Scottish Certificate of Education, 1963
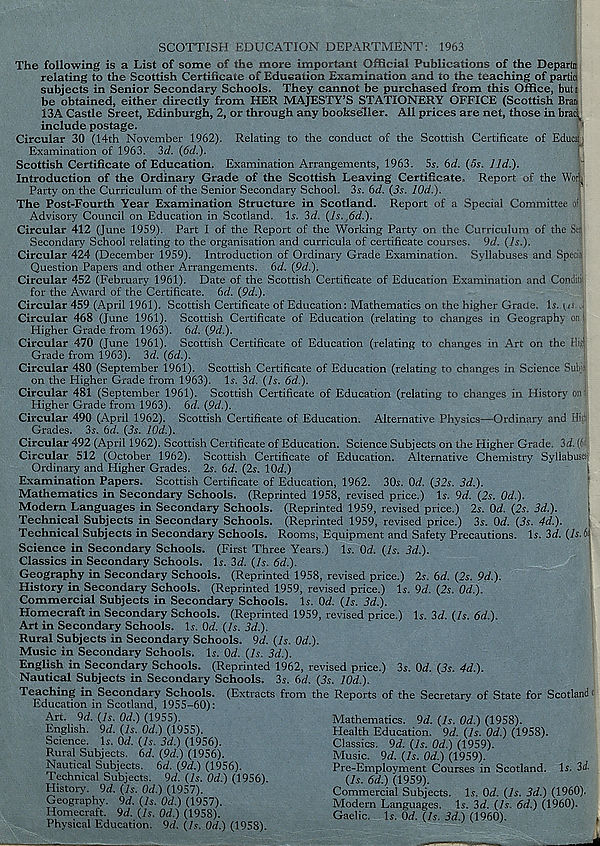
SCOTTISH EDUCATION DEPARTMENT: 1963
The following is a List of some of the more important Official Publications of the Departn
relating to the Scottish Certificate of Education Examination and to the teaching of partici
subjects in Senior Secondary Schools. They cannot be purchased from this Office, but i
be obtained, either directly from HER MAJESTY’S STATIONERY OFFICE (Scottish Bran
13A Castle Sreet, Edinburgh, 2, or through any bookseller. All prices are net, those in bracl^
include postage.
Circular 30 (14th November 1962). Relating to the conduct of the Scottish Certificate of Educat
Examination of 1963. 3ei. (6d.).
Scottish Certificate of Education. Examination Arrangements, 1963. Si. 6d. (5s. lid.).
Introduction of the Ordinary Grade of the Scottish Leaving Certificate. Report of the Wor^
Party on the Curriculum of the Senior Secondary School. 3i. 6tL (3s. 10d.).
The Post-Fourth Year Examination Structure in Scotland. Report of a Special Committee of
Advisory Council on Education in Scotland. Is. 2d. (Is. ,6d.).
Circular 412 (June 1959). Part I of the Report of the Working Party on the Curriculum of the SHI
Secondary School relating to the organisation and curricula of certificate courses. 9d. (Is.).
Circular 424 (December 1959). Introduction of Ordinary Grade Examination. Syllabuses and Specii
Question Papers and other Arrangements. (>d. (9d.).
Circular 452 (February 1961). Date of the Scottish Certificate of Education Examination and Conditk
for the Award of the Certificate. 6d. (9d.).
Circular 459 (April 1961). Scottish Certificate of Education: Mathematics on the higher Grade. Is. (is
Circular 468 (June 1961). Scottish Certificate of Education (relating to changes in Geography on:
Higher Grade from 1963). 6d. (9d.).
Circular 470 (June 1961). Scottish Certificate of Education (relating to changes in Art on the Hi;: :
Grade from 1963). 2d. (6d.).
Circular 480 (September 1961). Scottish Certificate of Education (relating to changes in Science Subw
on the Higher Grade from 1963). Is. 3d. (Is. 6d.).
Circular 481 (September 1961). Scottish Certificate of Education (relating to changes in History' on'
Pligher Grade from 1963). 6<f. (9d.).
Circular 490 (April 1962). Scottish Certificate of Education. Alternative Physics—Ordinary and Hi
Grades. 3s. bd. (3s. 10d.).
Circular 492 (April 1962). Scottish Certificate of Education. Science Subjects on the Higher Grade. 2d.!
Circular 512 (October 1962). Scottish Certificate of Education. Alternative Chemistry Syllabuses
Ordinary and Higher Grades. 2s. 6d. (2s. Wd.)
I
Examination Papers. Scottish Certificate of Education, 1962. 30s. Od. (32s. 3d.).
Mathematics in Secondary Schools. (Reprinted 1958, revised price.) Is. 9d. (2s. 0d.).
Modern Languages in Secondary Schools. (Reprinted 1959, revised price.) 2s. Od. (2s. 3d.).
Technical Subjects in Secondary Schools. (Reprinted 1959, revised price.) 3s. Od. (3s. 4d.).
Technical Subjects in Secondary Schools. Rooms, Equipment and Safety Precautions. Is. 3d. (h.h\
Science in Secondary Schools. (First Three Years.) Is. Od. (Is. 3d.).
Classics in Secondary Schools. Is. 3d. (Is. 6d.).
Geography in Secondary Schools. (Reprinted 1958, revised price.) 2s. bd. (2s. 9d.).
History in Secondary Schools. (Reprinted 1959, revised price.) Is. 9d. (2s. 0d.).
Commercial Subjects in Secondary Schools. Is. Od. (Is. 3d.).
Homecraft in Secondary Schools. (Reprinted 1959, revised price.) Is. 3d. (Is. 6d.).
Art in Secondary Schools. Is. Od. (Is. 3d.).
Rural Subjects in Secondary Schools. 9d. (Is. 0d.).
Music in Secondary Schools. Is. Od. (Is. 3d.).
English in Secondary Schools. (Reprinted 1962, revised price.) 3s. Od. (3s. 4d.).
Nautical Subjects in Secondary Schools. 3s. (>d. (3s. 10d.).
Teaching in Secondary Schools. (Extracts from the Reports of the Secretary of State for Scotland <
Education in Scotland, 1955-60):
Art. 9d. (Is. Od.) (1955).
English. 9d. (Is. Od.) (1955).
Science. Is. Od. (Is. 3d.) (1956).
Rural Subjects. 6d. (9d.) (1956).
Nautical Subjects, bd. (9d.) (1956).
Technical Subjects. 9d. (Is. Od.) (1956).
History. 9d. (Is. Od.) (1957).
Geography. 9d. (Is. Od.) (1957).
Homecraft. 9d. (Is. Od.) (1958).
Physical Education. 9d. (Is. Od.) (1958).
Mathematics. 9d. (Is. Od.) (1958).
Health Education. 9d. (Is. Od.) (1958).
Classics. 9d. (Is. Od.) (1959).
Music. 9d. (Is. Od.) (1959).
Pre-Employment Courses in Scotland. Is. 3d.
(Is. 6d.) (1959).
Commercial Subjects. Is. Od. (Is. 3d.) (1960).
Modern Languages. Is. 3d. (Is. 6d.) (I960).
Gaelic. Is. Od. (Is. 3d.) (1960).